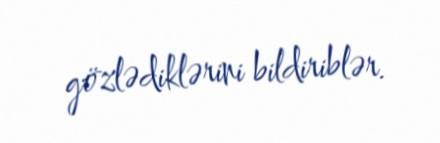
gözlədiklərini bildiriblər.